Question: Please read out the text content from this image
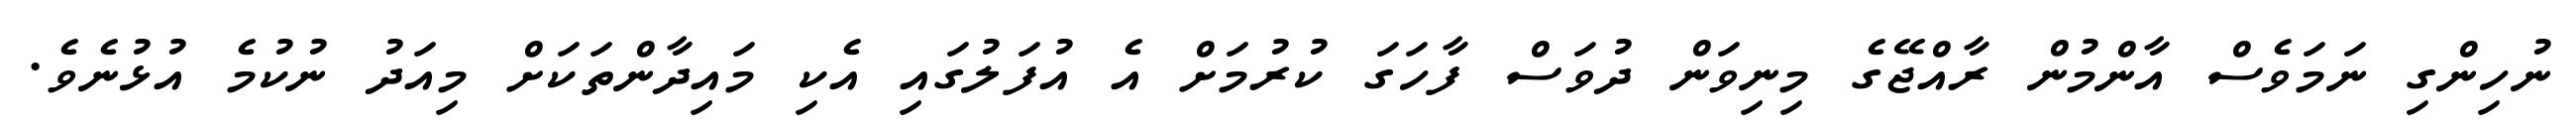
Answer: ނުހިންގި ނަމަވެސް އާންމުން ރާއްޖޭގެ މިނިވަން ދުވަސް ފާހަގަ ކުރުމަށް އެ އުފަލުގައި އެކި މައިދާންތަކަށް މިއަދު ނުކުމެ އުޅުނެވެ.